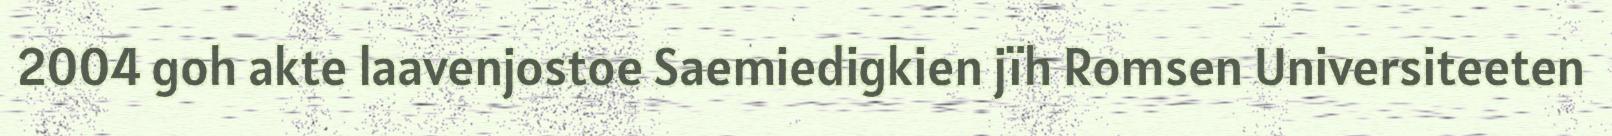
2004 goh akte laavenjostoe Saemiedigkien jïh Romsen Universiteeten